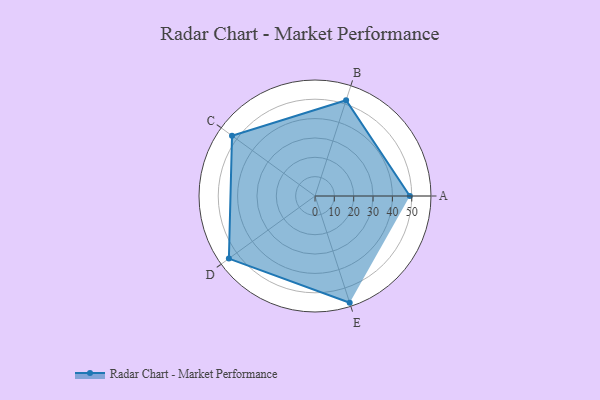
{"axis": {"x": "Skill", "y": "Score"}, "legend": ["Profile"], "data": [{"x": "A", "y": 49.0, "type": "Profile"}, {"x": "B", "y": 52.0, "type": "Profile"}, {"x": "C", "y": 53.0, "type": "Profile"}, {"x": "D", "y": 55.0, "type": "Profile"}, {"x": "E", "y": 58.0, "type": "Profile"}]}